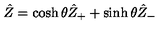
\hat { Z } = \cosh \theta \hat { Z } _ { + } + \sinh \theta \hat { Z } _ { - }